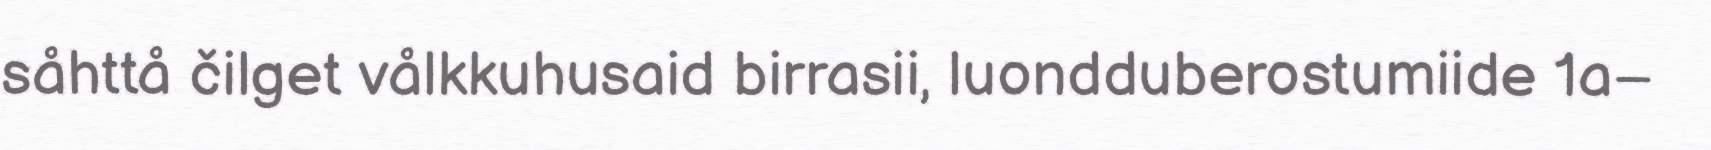
såhttå čilget vålkkuhusaid birrasii, luondduberostumiide 1a–